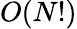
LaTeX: O(N!)